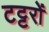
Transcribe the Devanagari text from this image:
टट्टरों